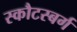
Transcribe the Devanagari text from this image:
स्कौटस्बर्ग